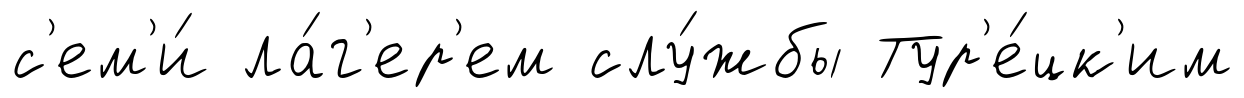
с'ем'и́ ла́г'ер'ем слу́жбы Тур'е́цк'им